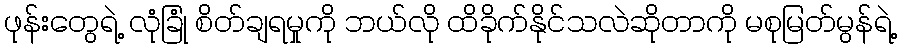
ဖုန်းတွေရဲ့ လုံခြုံ စိတ်ချရမှုကို ဘယ်လို ထိခိုက်နိုင်သလဲဆိုတာကို မစုမြတ်မွန်ရဲ့